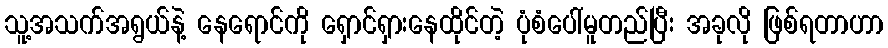
သူ့အသက်အရွယ်နဲ့ နေရောင်ကို ရှောင်ရှားနေထိုင်တဲ့ ပုံစံပေါ်မူတည်ပြီး အခုလို ဖြစ်ရတာဟာ